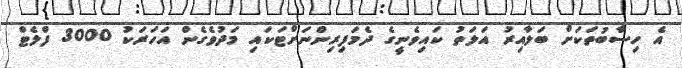
އެ ހިސާބުތަކަށް ބަލާއިރު އަލަތު ކައިވެނީގެ ދެމަފިރިންނަށްޓަކައި މަދުވެގެން އަހަރަކު 3000 ފްލެޓް